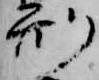
刑